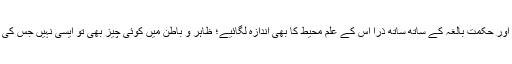
اس قدرت کاملہ اور حکمت بالغہ کے ساتھ ساتھ ذرا اس کے علم محیط کا بھی اندازہ لگائیے؛ ظاہر و باطن میں کوئی چیز بھی تو ایسی نہیں جس کی اسے خبر نہ ہو۔